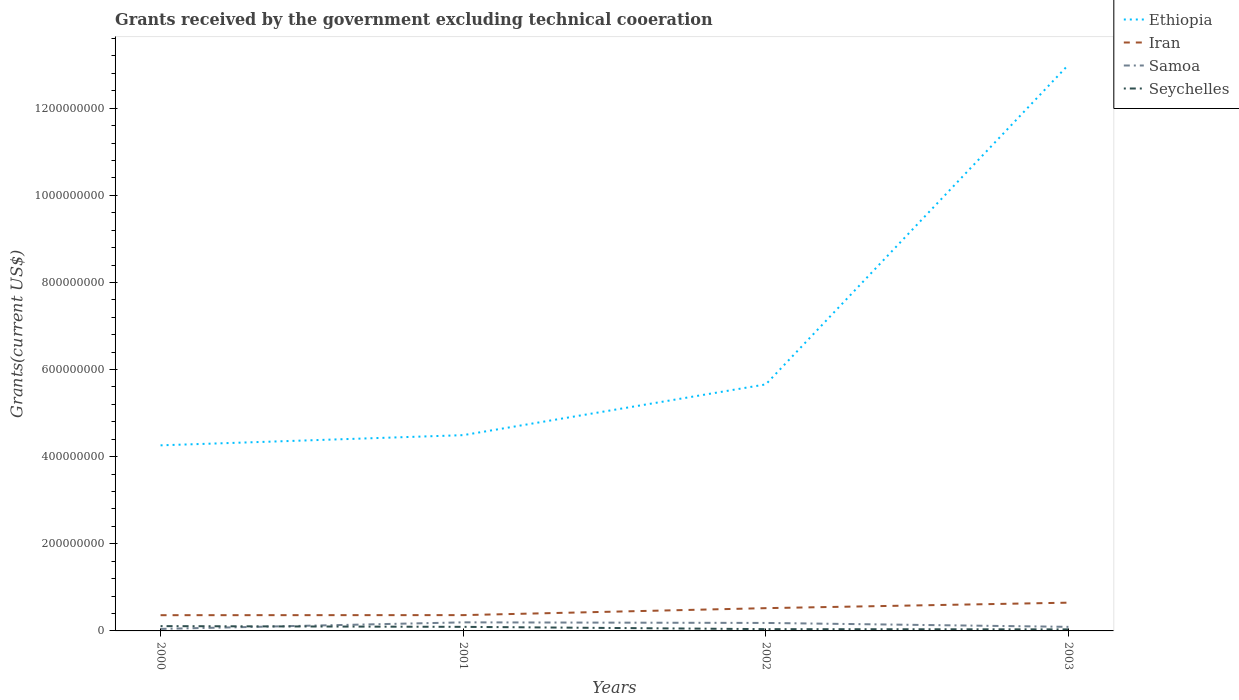
| Years | Ethiopia | Iran | Samoa | Seychelles |
 | --- | --- | --- | --- | --- |
 | 2000 | 4.26e+08 | 3.61e+07 | 4.62e+06 | 1.1e+07 |
 | 2001 | 4.49e+08 | 3.63e+07 | 1.97e+07 | 9.35e+06 |
 | 2002 | 5.66e+08 | 5.23e+07 | 1.83e+07 | 4.1e+06 |
 | 2003 | 1.3e+09 | 6.48e+07 | 9.34e+06 | 3.54e+06 |